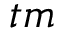
t m